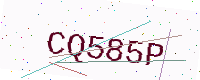
Text: CQ585P